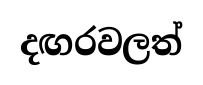
දඟරවලත්